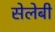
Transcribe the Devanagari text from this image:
सेलेबी